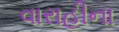
વારાહીના